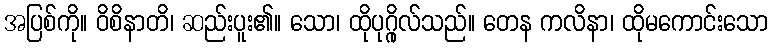
အပြစ်ကို။ ဝိစိနာတိ၊ ဆည်းပူး၏။ သော၊ ထိုပုဂ္ဂိုလ်သည်။ တေန ကလိနာ၊ ထိုမကောင်းသော